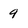
Character: 9